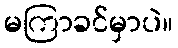
မကြာခင်မှာပဲ။